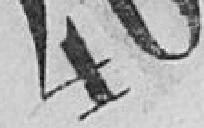
40